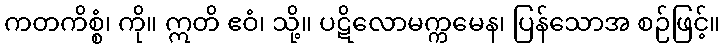
ကတကိစ္စံ၊ ကို။ ဣတိ ဧဝံ၊ သို့။ ပဋိလောမက္ကမေန၊ ပြန်သောအ စဉ်ဖြင့်။